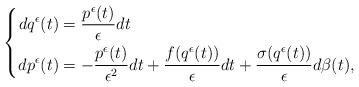
LaTeX: \begin{align*}\left\lbrace\begin{aligned}dq^\epsilon(t)&=\frac{p^\epsilon(t)}{\epsilon}dt\\dp^\epsilon(t)&=-\frac{p^\epsilon(t)}{\epsilon^2}dt+\frac{f(q^\epsilon(t))}{\epsilon}dt+\frac{\sigma(q^\epsilon(t))}{\epsilon}d\beta(t),\end{aligned}\right.\end{align*}